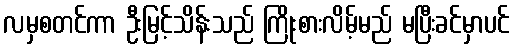
လမှစတင်ကာ ဦးမြင့်သိန်းသည် ကြိုးစားလိမ့်မည် မပြီးခင်မှာပင်